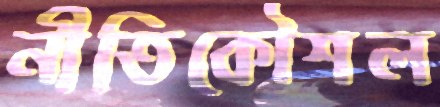
নীতিকৌশল